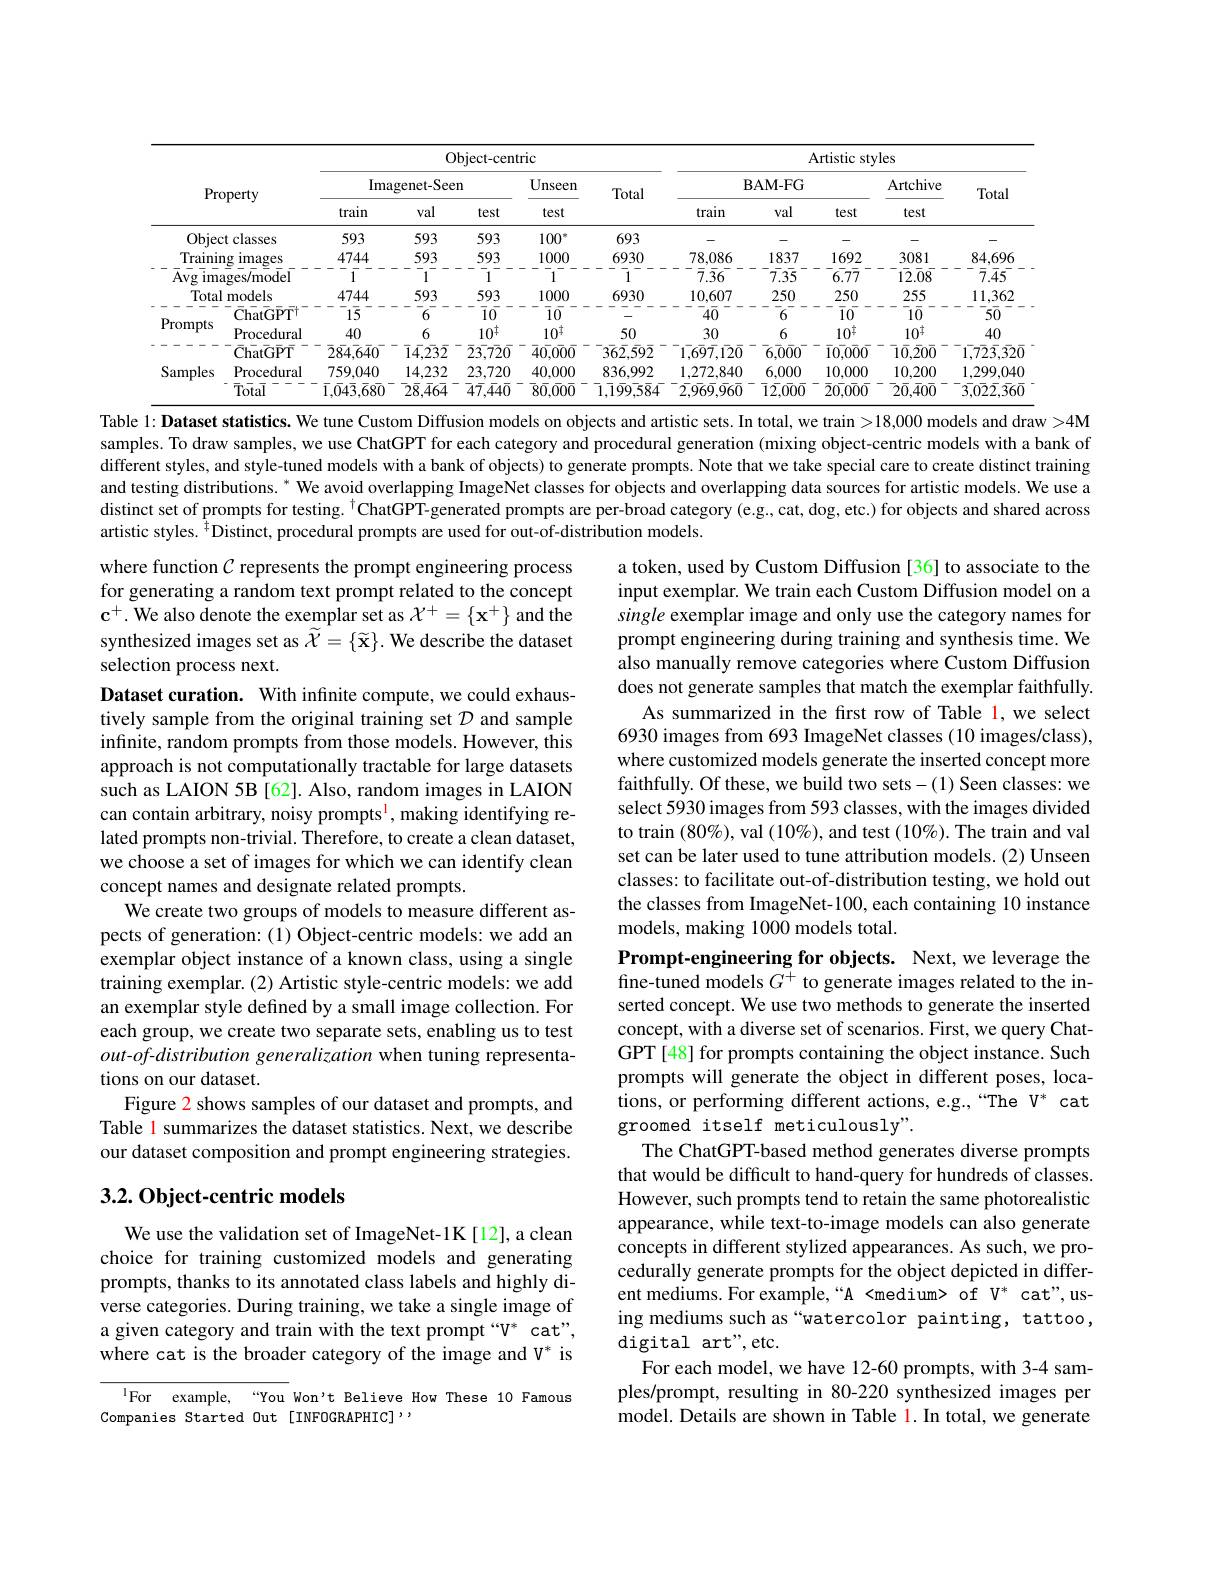
<table>
	<tbody>
		<tr>
			<th colspan="6">Property</th>
			<th colspan="5">Object-centric</th>
			<th colspan="5">Artistic styles</th>
		</tr>
		<tr>
			<th colspan="2">Imagenet-Seen</th>
			<th>n</th>
			<th>Unseen</th>
			<th rowspan="2">Total</th>
			<th>$B$</th>
			<th colspan="2">$\mathbf{BAM-FG}$</th>
			<th rowspan="2">Artchive test</th>
			<th rowspan="2">Total</th>
		</tr>
		<tr>
			<th>train</th>
			<th>val</th>
			<th>test</th>
			<th>test</th>
			<th>train</th>
			<th>val</th>
			<th>test</th>
		</tr>
		<tr>
			<td colspan="2">Object classes</td>
			<td>593</td>
			<td>593</td>
			<td>593</td>
			<td>$100^*$</td>
			<td>693</td>
			<td> </td>
			<td> </td>
			<td> </td>
			<td> </td>
			<td> </td>
		</tr>
		<tr>
			<td colspan="2">Training images</td>
			<td>4744</td>
			<td>593</td>
			<td>593</td>
			<td>1000</td>
			<td>6930</td>
			<td>78,086</td>
			<td>1837</td>
			<td>1692</td>
			<td>3081</td>
			<td>84,696</td>
		</tr>
		<tr>
			<td colspan="2">Avg 1mages/model</td>
			<td>1</td>
			<td>1</td>
			<td>1</td>
			<td>1</td>
			<td>1</td>
			<td>$\bar{7}.\bar{3}6$</td>
			<td>$\bar{7.35}$</td>
			<td>$\bar{6.77}$</td>
			<td>12.08</td>
			<td>$\bar{7}.\bar{4}\bar{5}$</td>
		</tr>
		<tr>
			<td colspan="2">Total models</td>
			<td>4744</td>
			<td>593</td>
			<td>593</td>
			<td>1000</td>
			<td>6930</td>
			<td>10,607</td>
			<td>250</td>
			<td>250</td>
			<td>255</td>
			<td>11,362</td>
		</tr>
		<tr>
			<td rowspan="3">Prompts</td>
			<td>$\bar{\mathrm{Chat}}\bar{\mathrm{GPT}}^{\dagger}$</td>
			<td>$1\overline{5}$</td>
			<td>6</td>
			<td>$\overline{1}\bar{0}$</td>
			<td>$\bar{1}\bar{0}$</td>
			<td> </td>
			<td>$4\overline{0}$</td>
			<td>6</td>
			<td>$\bar{1}\bar{0}$</td>
			<td>$\bar{1}\bar{0}$ r</td>
			<td>$5\overline{0}$</td>
		</tr>
		<tr>
			<td>Procedural</td>
			<td>40</td>
			<td>6</td>
			<td>$10^{\dagger}$</td>
			<td>$10^{\ddagger}$</td>
			<td>50</td>
			<td>30</td>
			<td>6</td>
			<td>$10^{\ddagger}$</td>
			<td>$10^{\dagger}$</td>
			<td>40</td>
		</tr>
		<tr>
			<td>$\bar{\mathbf{C}}\bar{\mathbf{h}}\bar{\mathbf{a}}t\bar{\mathbf{G}}\bar{\mathbf{P}}\bar{\mathbf{T}}$</td>
			<td>$\bar{2}\bar{8}\bar{4}\bar{6}\bar{4}\bar{0}$</td>
			<td>$\bar{1}\bar{4},\bar{23}\bar{2}$</td>
			<td>$\bar{2}\bar{3}\bar{,}\bar{7}\bar{2}\bar{0}$</td>
			<td>$\bar{4}\bar{0}\bar{,}\bar{00}\bar{0}$</td>
			<td>$3\bar{6}\bar{2}.59\bar{2}$</td>
			<td>$\bar{1,6}\bar{9}\bar{7},\bar{12}\bar{0}$</td>
			<td>$\bar{6}\bar{0}\bar{0}\bar{0}\bar{0}$</td>
			<td>$\bar{1}\bar{0}\bar{0}\bar{0}\bar{0}$</td>
			<td>$\bar{1}\bar{0},\bar{2}0\bar{0}$</td>
			<td>$\bar{1,7}\bar{2}\bar{3},\bar{3}\bar{2}\bar{0}$</td>
		</tr>
		<tr>
			<td rowspan="2">Samples</td>
			<td>Procedural</td>
			<td>759,040</td>
			<td>14,232</td>
			<td>23,720</td>
			<td>40,000</td>
			<td>836,992</td>
			<td>1,272,840</td>
			<td>6,000</td>
			<td>10,000</td>
			<td>10,200</td>
			<td>1,299,040</td>
		</tr>
		<tr>
			<td>$\bar{\mathrm{Total}}$</td>
			<td>$\bar{1},\bar{0}4\bar{3},\bar{6}8\bar{0}$</td>
			<td>$\bar{2}\bar{8},\bar{4}6\bar{4}$</td>
			<td>$\bar{4}\bar{7},\bar{4}4\bar{0}$</td>
			<td>$\bar{8}\bar{0},\bar{0}\bar{0}\bar{0}$</td>
			<td>$\bar{1},\bar{1}\bar{9}\bar{9}\bar{5}\bar{8}4$</td>
			<td>$\bar{2},\bar{96}\bar{9},\bar{9}6\bar{0}$</td>
			<td>$\bar{1}\bar{2}\bar{0}\bar{0}\bar{0}$</td>
			<td>$\bar{2}\bar{0}\bar{0}\bar{0}\bar{0}$</td>
			<td>$\bar{2}\bar{0},\bar{4}0\bar{0}$</td>
			<td>$\bar{3},\bar{0}\bar{2}\bar{2},\bar{3}\bar{6}\bar{0}$</td>
		</tr>
	</tbody>
</table>

Table l: Dataset statistics. We tune Custom Diffusion models on objects and artistic sets. In total, we train >18,000 models and draw >4M samples. To draw samples, we use ChatGPT for each category and procedural generation (mixing object-centric models with a bank of different styles, and style-tuned models with a bank of objects) to generate prompts. Note that we take special care to create distinct traiming and testing distributions. " We avoid overlapping ImageNet classes for objects and overlapping data sources for artistic models. We use a distinct set of prompts for testing. $^{\dagger}$ChatGPT-generated prompts are per-broad category (e.g, cat, dog, etc.) for objects and shared across artistic styles.$^{\ddagger}$Distinct, procedural prompts are used for out-of-distribution models.

a token, used by Custom Diffusion [36] to associate to the input exemplar. We train each Custom Diffusion model on a single exemplar image and only use the category names for prompt engineering during training and synthesis time. We also manually remove categories where Custom Diffusion does not generate samples that match the exemplar faithfully.
As summarized in the first row of Table l, we select 6930 images from 693 ImageNet classes (10 images/class), where customized models generate the inserted concept more faithfully. Of these, we build two sets-(1) Seen classes: we select 5930 images from 593 classes, with the images divided to train $(80\%)$,val $(10\%)$,and test $(10\%).$ The train and val set can be later used to tune attribution models. (2) Unseen classes: to facilitate out-of-distribution testing, we hold out the classes from ImageNet-100, each containing 10 instance models, making 1000 models total.

where function $\mathcal{C}$ represents the prompt engineering process for generating a random text prompt related to the concept $\mathbf{c}^+.$ We also denote the exemplar set as $\mathcal{X}^+=\{\mathbf{x}^+\}$ and the synthesized images set as $\widetilde{\mathcal{X}}=\{\widetilde{\mathbf{x}}\}.$ We describe the dataset selection process next.
Dataset curation. With infinite compute, we could exhaustively sample from the original training set $\mathcal{D}$ and sample infinite, random prompts from those models. However, this approach is not computationally tractable for large datasets such as LAION 5B [62]. Also, random images in LAION can contain arbitrary, noisy prompts$^{\mathrm{l}}$, making identifying related prompts non-trivial. Therefore, to create a clean dataset, we choose a set of images for which we can identify clean concept names and designate related prompts.
We create two groups of models to measure different aspects of generation: (1) Object-centric models: we add an exemplar object instance of a known class, using a single training exemplar. (2) Artistic style-centric models: we add an exemplar style defined by a small image collection. For each group, we create two separate sets, enabling us to test $out-of-distribution$ generalization when tuning representations on our dataset.
Figure 2 shows samples of our dataset and prompts, and Table l summarizes the dataset statistics. Next, we describe our dataset composition and prompt engineering strategies.

Prompt-engineering for objects. Next,we leverage the fine-tuned models $\bar{G^+}$ to generate images related to the inserted concept. We use two methods to generate the inserted concept, with a diverse set of scenarios. First, we query ChatGPT [48] for prompts containing the object instance. Such prompts will generate the object in different poses, locations, or performing different actions, e.g.,“The V* cat groomed itself meticulously".
The ChatGPT-based method generates diverse prompts that would be difficult to hand-query for hundreds of classes. However, such prompts tend to retain the same photorealistic appearance, while text-to-image models can also generate concepts in different stylized appearances. As such, we procedurally generate prompts for the object depicted in different mediums. For example,“A<medium> of V* cat",using mediums such as “watercolor painting, tattoo, digital art",etc.
For each model, we have 12-60 prompts, with 3-4 samples/prompt, resulting in 80-220 synthesized images per model. Details are shown in Table 1. In total, we generate

## 3.2. Object-centric models

We use the validation set of ImageNet-1K[12], a clean choice for training customized models and generating prompts, thanks to its annotated class labels and highly diverse categories. During training, we take a single image of a given category and train with the text prompt “V” cat”, where cat is the broader category of the image and V* is

$^{\mathrm{l}}$For example,“You Won't Believe How These 10 Famous
Companies Started Out [INFOGRAPHIC] ,,